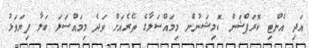
އަދި އެންޓި ކޮރަޕްޝަން ކޮމިޝަނުން މިމައްސަލާގެ ތެރެއަށް ވަދެ މިމައްސަލަ ބަލާ ފިޔަވަޅު